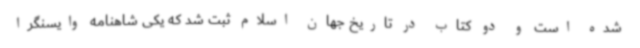
شده است و دو کتاب در تاریخ جهان اسلام ثبت شد که یکی شاهنامه وایسنگرا